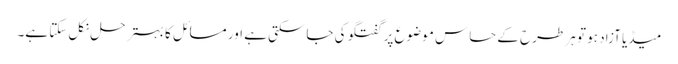
میڈیا آزاد ہو تو ہر طرح کے حساس موضوع پر گفتگو کی جاسکتی ہے اور مسائل کا بہتر حل نکل سکتا ہے۔